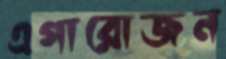
এগারোজন